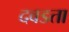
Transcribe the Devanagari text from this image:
दवडता